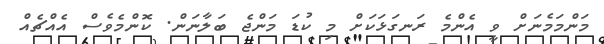
މަންމަމެނަށް ވީ އެންމެ ރަނގަޅަކަށް މި ކުޑަ މަންޖެ ބަލާނަން. ކޮންމެވެސް އެއްޗެއް